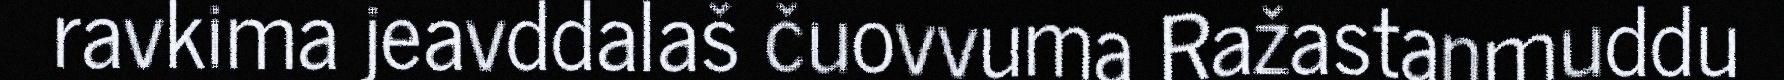
ravkima jeavddalaš čuovvuma Ražastanmuddu